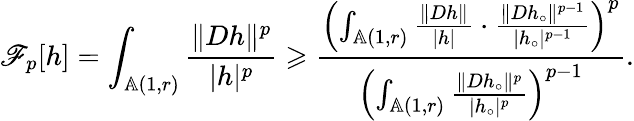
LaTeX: \mathscr{F}_{p}[h]=\int_{\mathbb{A}(1,r)}\frac{\| Dh\| ^{p}}{|h|^{p}}\geqslant\frac{\left(\int_{\mathbb{A}(1,r)}\frac{\| Dh\| }{|h|}\cdot\frac{\| Dh_{\circ}\| ^{p-1}}{|h_{\circ}|^{p-1}}\right)^{p}}{\left(\int_{\mathbb{A}(1,r)}\frac{\| Dh_{\circ}\| ^{p}}{|h_{\circ}|^{p}}\right)^{p-1}}.